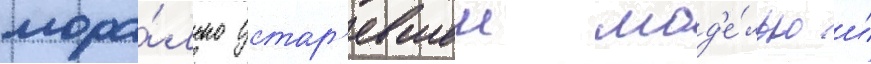
мора́льно устар'евшеи мод'е́лью и́